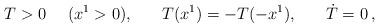
LaTeX: \begin{align*}T>0 \hspace{3ex} (x^1>0), \hspace{4ex} T(x^1)=-T(-x^1), \hspace{4ex} \dot{T}=0 \,, \end{align*}